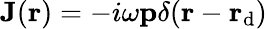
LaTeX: \mathbf{J}(\mathbf{r})=-i\omega\mathbf{p}\delta(\mathbf{r}-\mathbf{r}_{\mathrm{d}})